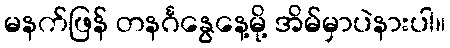
မနက်ဖြန် တနင်္ဂနွေနေ့မို့ အိမ်မှာပဲနားပါ။